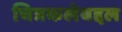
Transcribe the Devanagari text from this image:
चित्रकलेबद्दल